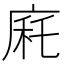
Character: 㢉